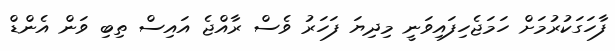
ފާހަގަކުރުމަށް ހަމަޖެހިފައިވަނީ މިދިޔަ ފަހަރު ވެސް ރާއްޖެ އައިސް ތިބި ވަން އެންޑް